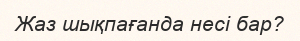
Жаз шықпағанда несі бар?